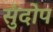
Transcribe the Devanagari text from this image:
सुंदोप